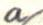
a/